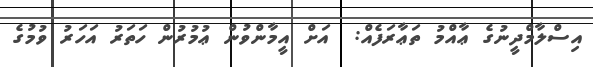
އިސްލާމްދީނުގެ ޢާއްމު ތަޢާރަފެއް:  އަށް އީމާންވުން ޢުމުރުން ހަތަރު އަހަރު ވުމުގެ